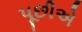
પૂછીએ